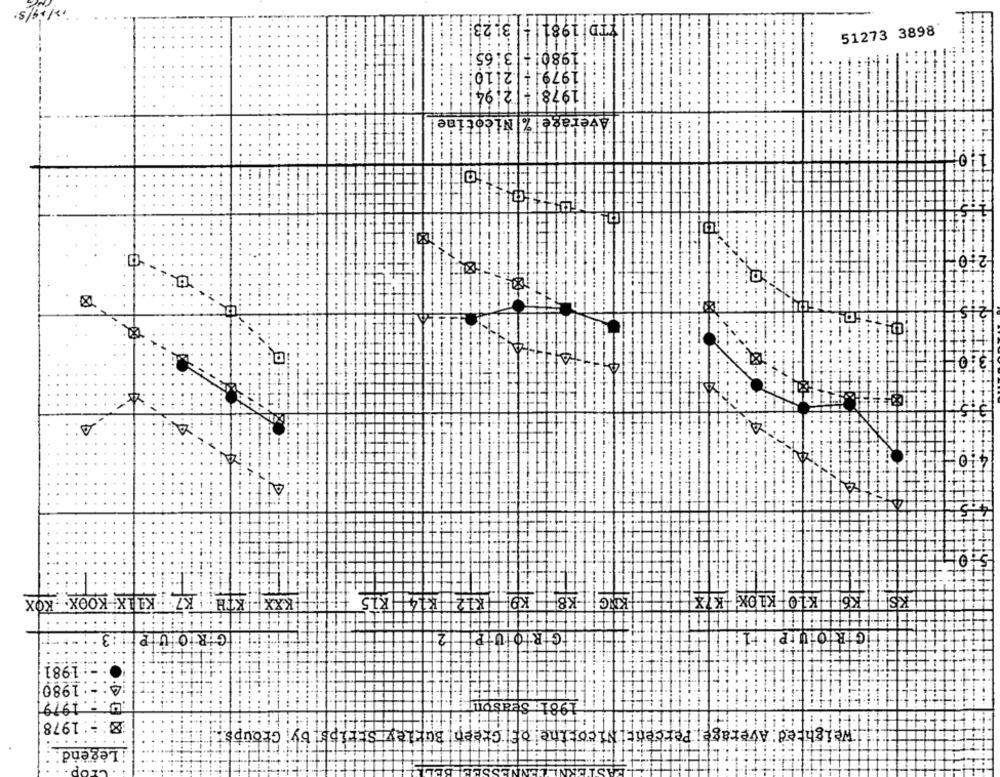
YTD 1981
31.23
51273 3898
3.65
1980!
197911
2110
1978
cotine
age % Ni
2.0
111141
.41
A
IKXX KTH : K7 . KILX :- KOOX. KOX
KNIC KB KO K12 K14 K15
-K6K10 KLOKK X
KIS-
GIROU
1981
A: - : 1980
.w ... 1979
1981 Season
@ :: : 1978
Weighted: Average ; Percent] Nicotine. of Green, Burley Strips by Groups
......